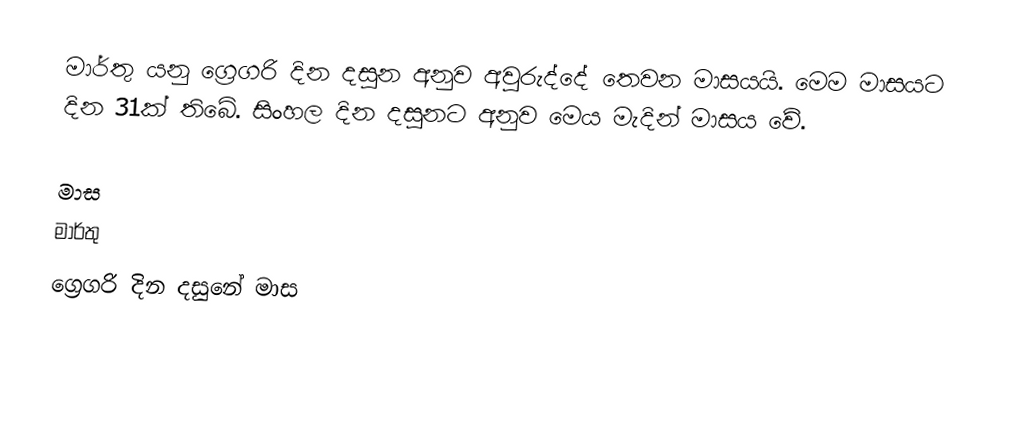
මාර්තු යනු ග්‍රෙගරි දින දසුන අනුව අවුරුද්දේ තෙවන මාසයයි. මෙම මාසයට දින 31ක් තිබේ. සිංහල දින දසුනට අනුව මෙය මැදින් මාසය වේ.

මාස
මාර්තු
ග්‍රෙගරි දින දසුනේ මාස